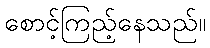
စောင့်ကြည့်နေသည်။